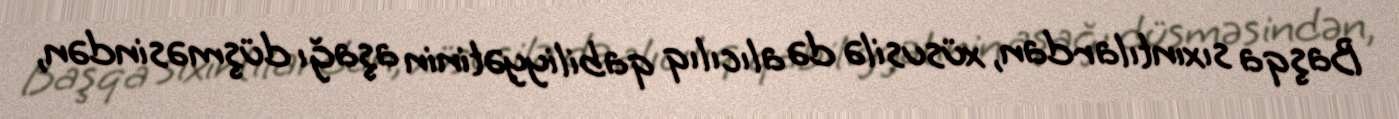
Başqa sıxıntılardan, xüsusilə də alıcılıq qabiliyyətinin aşağı düşməsindən,